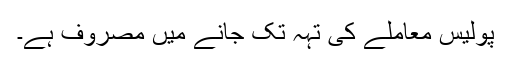
پولیس معاملے کی تہہ تک جانے میں مصروف ہے۔